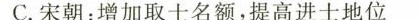
C.宋朝：增加取士名额，提高进士地位